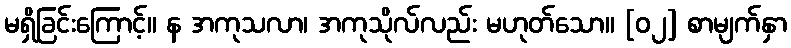
မရှိခြင်းကြောင့်။ န အကုသလာ၊ အကုသိုလ်လည်း မဟုတ်သော။ [၀၂] စာမျက်နှာ